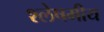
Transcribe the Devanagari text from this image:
श्लेषमीय